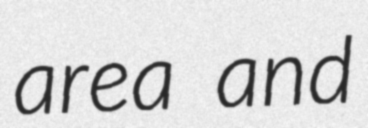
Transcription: area and